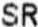
SR